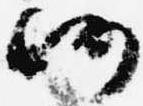
仍